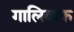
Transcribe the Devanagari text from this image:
गालिबाफ